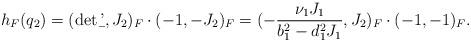
LaTeX: \begin{align*} h_F(q_2) = (\det \b', J_2)_F \cdot (-1, -J_2)_F = (- \frac{\nu_1 J_1}{b_1^2 - d_1^2 J_1}, J_2)_F \cdot (-1, -1)_F.\end{align*}